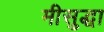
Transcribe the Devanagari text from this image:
मीसुद्धा